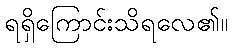
ရရှိကြောင်းသိရလေ၏။